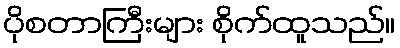
ပိုစတာကြီးများ စိုက်ထူသည်။